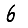
Digit: 6